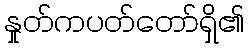
နှုတ်ကပတ်တော်ရှိ၏